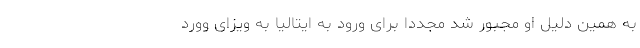
به همین دلیل او مجبور شد مجددا برای ورود به ایتالیا به ویزای وورد